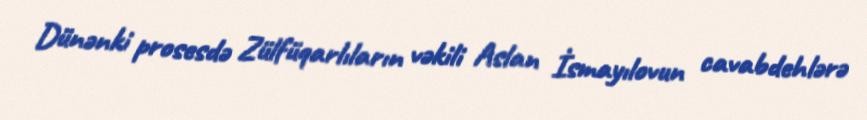
Dünənki prosesdə Zülfüqarlıların vəkili Aslan İsmayılovun cavabdehlərə